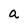
Character: a